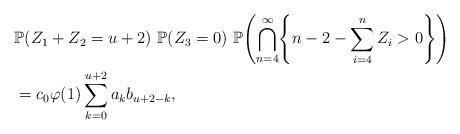
LaTeX: \begin{align*} &\mathbb{P}(Z_1+Z_2=u+2) \ \mathbb{P}(Z_3=0) \ \mathbb {P} \Biggl(\bigcap \limits_{n=4}^{\infty}\Biggl\{n-2-\sum_{i=4}^{n}Z_i>0\Biggr\} \Biggr)\\&=c_0\varphi(1)\sum_{k=0}^{u+2}a_kb_{u+2-k},\end{align*}